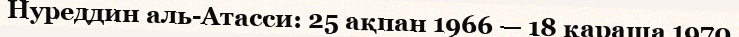
Нуреддин аль-Атасси: 25 ақпан 1966 — 18 қараша 1970